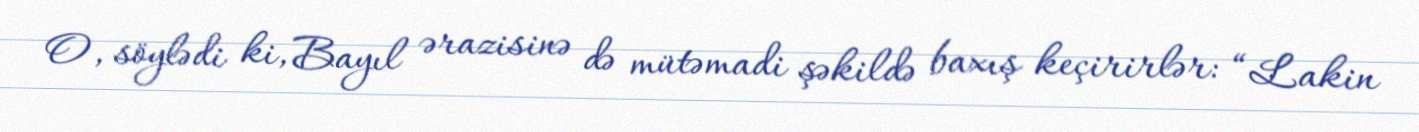
O, söylədi ki, Bayıl ərazisinə də mütəmadi şəkildə baxış keçirirlər: “Lakin